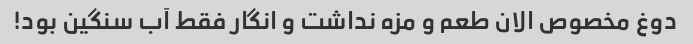
دوغ مخصوص الان طعم و مزه نداشت و انگار فقط آب سنگین بود!